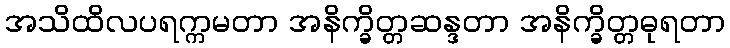
အသိထိလပရက္ကမတာ အနိက္ခိတ္တဆန္ဒတာ အနိက္ခိတ္တဓုရတာ